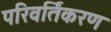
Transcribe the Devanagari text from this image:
परिवर्तिकरण